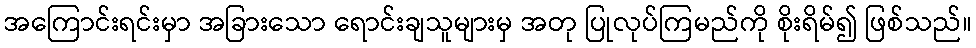
အကြောင်းရင်းမှာ အခြားသော ရောင်းချသူများမှ အတု ပြုလုပ်ကြမည်ကို စိုးရိမ်၍ ဖြစ်သည်။